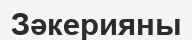
Зәкерияны